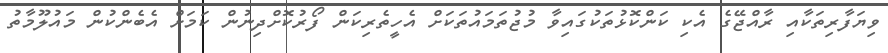
ވިޔަފާރިތަކާއި ރާއްޖޭގެ އެކި ކަންކޮޅުތަކުގައިވާ މުޖުތަމައުތަކަށް އެހީތެރިކަން ފޯރުކޮށްދިނުން ކަމަށް އެބެންކުން މައުލޫމާތު